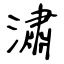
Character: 潚